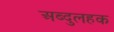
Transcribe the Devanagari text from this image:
अब्दुलहक